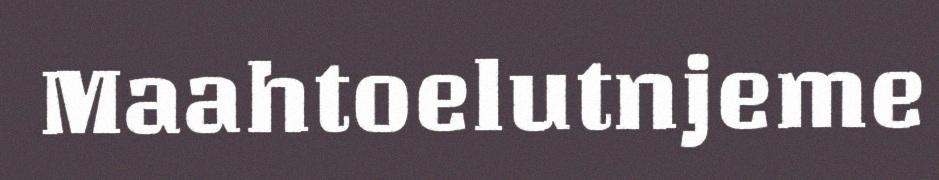
Maahtoelutnjeme